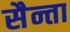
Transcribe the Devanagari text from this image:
सैन्ता